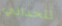
تتحداني